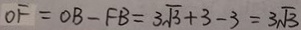
O F = O B - F B = 3 \sqrt { 3 } + 3 - 3 = 3 \sqrt { 3 }